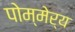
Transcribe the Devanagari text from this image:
पोम्मेर्य